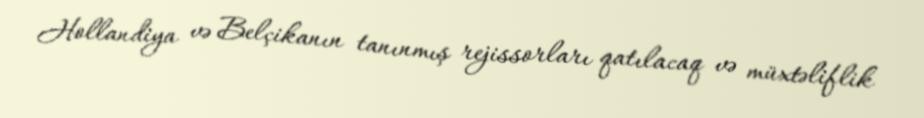
Hollandiya və Belçikanın tanınmış rejissorları qatılacaq və müxtəliflik